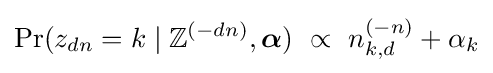
\Pr(z_{dn}=k\mid \mathbb {Z} ^{(-dn)},{\boldsymbol {\alpha }})\ \propto \ n_{k,d}^{(-n)}+\alpha _{k}